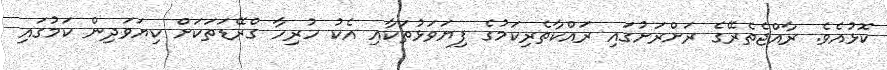
ކޮޅުއެވެ. ރާއްޖެތެރޭގެ ރަށްރަށުގައި ރައްކާތެރިކަމުގެ ފިޔަވަޅުތަކާއި އެކު ހުރިހާ ގްރޭޑަތަކަށް ކިޔަވަދިން ކަމުގައި